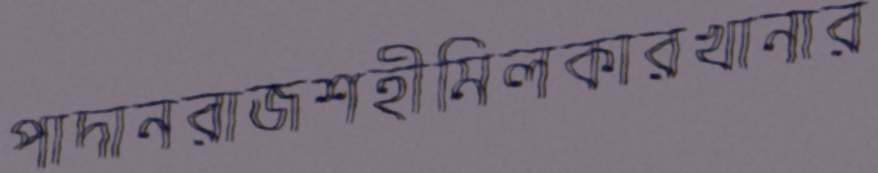
পাদানরাজশহীমিলকারখানার